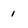
Character: 1